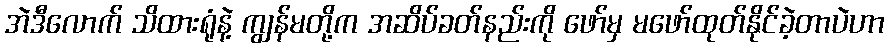
အဲဒီလောက် သိထားရုံနဲ့ ကျွန်မတို့က အဆိပ်ခတ်နည်းကို ဖော်မှ မဖော်ထုတ်နိုင်ခဲ့တာပဲဟာ